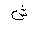
Letter: _shin